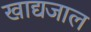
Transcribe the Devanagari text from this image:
खाद्यजाल